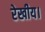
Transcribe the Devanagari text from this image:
रेखीय।